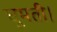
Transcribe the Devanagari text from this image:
घूमती।